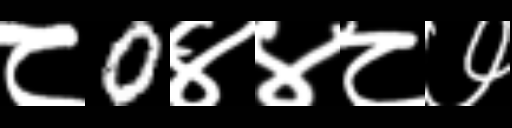
Text: ८0४४८७